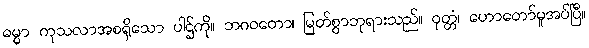
ဓမ္မာ ကုသလာအစရှိသော ပါဌ်ကို။ ဘဂဝတော၊ မြတ်စွာဘုရားသည်။ ဝုတ္တံ၊ ဟောတော်မူအပ်ပြီ။